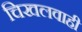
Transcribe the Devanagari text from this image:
चिखलवाही